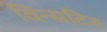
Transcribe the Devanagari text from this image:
विन्सटिन